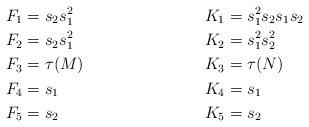
LaTeX: \begin{align*}F_1 &= s_2s_1^2 & K_1 &= s_1^2s_2s_1s_2 \\F_2 &= s_2s_1^2 & K_2 &= s_1^2s_2^2 \\F_3 &= \tau(M) & K_3 &= \tau(N) \\F_4 &= s_1 & K_4 &= s_1 \\F_5 &= s_2 & K_5 &= s_2\end{align*}